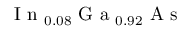
\mathrm { ~ I ~ n ~ } _ { 0 . 0 8 } \mathrm { ~ G ~ a ~ } _ { 0 . 9 2 } \mathrm { ~ A ~ s ~ }